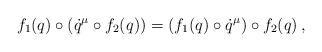
LaTeX: \begin{align*}f_{1}(q)\circ (\dot{q}^{\mu}\circ f_{2}(q))=(f_{1}(q)\circ \dot{q}^{\mu})\circ f_{2}(q)\,,\end{align*}